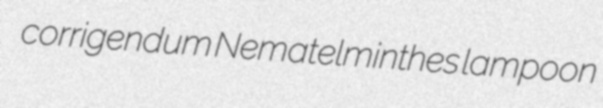
corrigendum Nematelminthes lampoon